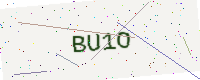
Text: BU1O